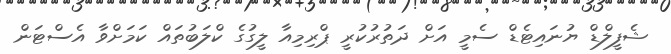
ޝެފީލްޑް ޔުނައިޓެޑް ސެމީ އަށް ދަތުރުކުރީ ޕްރިމިއާ ލީގުގެ ކްލަބުތައް ކަމަށްވާ އެސްޓަން